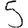
Digit: 5